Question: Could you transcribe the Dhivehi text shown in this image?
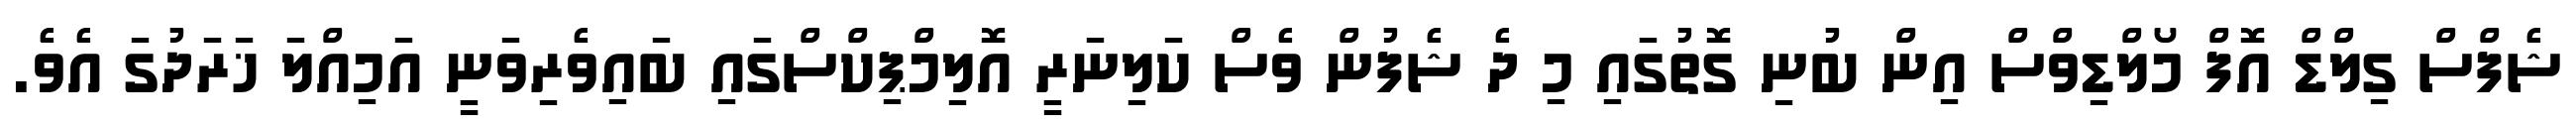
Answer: ޝެފްސް ގިލްޑް އޮފް މޯލްޑިވްސް އިން ބުނި ގޮތުގައި މި ދެ ޝެފުން ވެސް ކަލިނަރީ އޮލިމްޕިކްސްގައި ބައިވެރިވަނީ އަމިއްލަ ޚަރަދުގަ އެވެ.